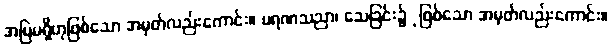
အမြဲမရှိဟုဖြစ်သော အမှတ်လည်းကောင်း။ မရဏသညာ၊ သေခြင်း၌ုဖြစ်သော အမှတ်လည်းကောင်း။